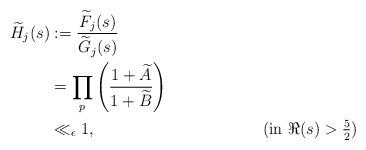
LaTeX: \begin{align*}\widetilde{H}_{j}(s)&:=\frac{\widetilde{F}_{j}(s)}{\widetilde{G}_{j}(s)} \\&=\prod_{p}^{}\left(\frac{1+\widetilde{A}}{1+\widetilde{B}}\right) \\&\ll_{\epsilon} 1, &&(\mbox{in $\Re(s)>\frac{5}{2}$})\end{align*}